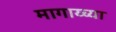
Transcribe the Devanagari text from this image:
मागाय्च्या